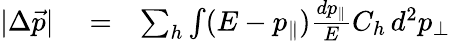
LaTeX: \begin{array}{rlr}{|\Delta\vec{p}|}&{{}=}&{\sum_{h}\int(E-p_{\parallel}){\frac{dp_{\parallel}}{E}}C_{h}\, d^{2}p_{\perp}}\end{array}